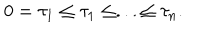
LaTeX: 0 = \tau _ { 1 } \leq \tau _ { 1 } \leq . . . \leq \tau _ { n } .